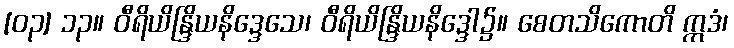
[၀၃] ၁၃။ ဝီရိယိန္ဒြိယနိဒ္ဒေသေ၊ ဝီရိယိန္ဒြိယနိဒ္ဒော၌။ စေတသိကောတိ ဣဒံ၊